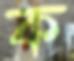
ক